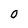
Character: 0